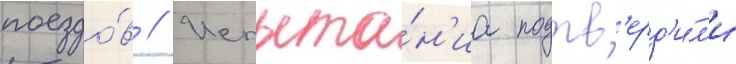
поездо́в // Испыта́н'иа подтв'ерд'и́л'и